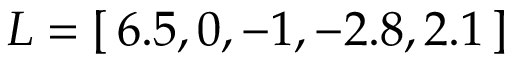
L = [ \, 6 . 5 , 0 , - 1 , - 2 . 8 , 2 . 1 \, ]